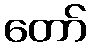
တော်